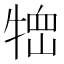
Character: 𤚞